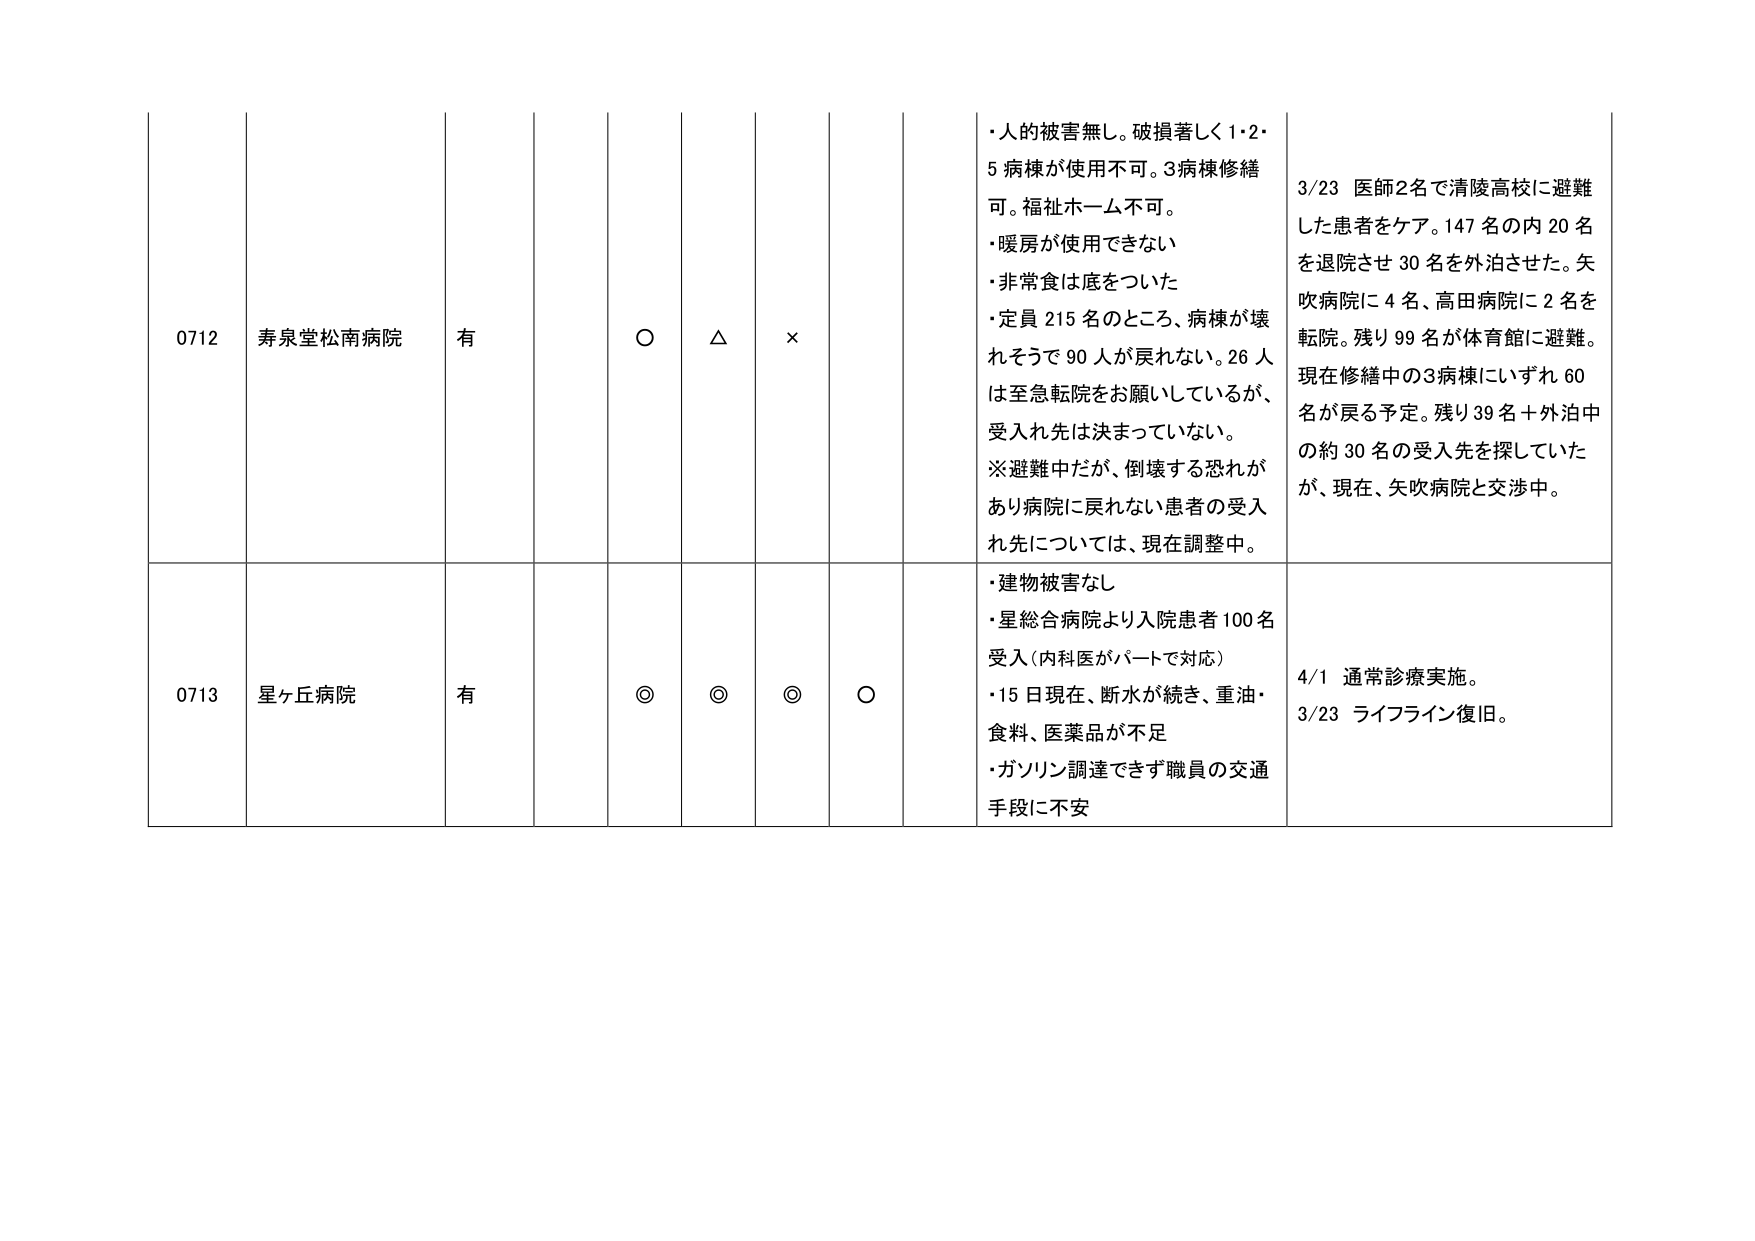
0712 寿泉堂松南病院 有 ○ △ ×
・人的被害無し。破損著しく1・2・5病棟が使用不可。3病棟修繕可。福祉ホーム不可。
・暖房が使用できない
・非常食は底をついた
・定員215名のところ、病棟が壊れそうで90人が戻れない。26人は至急転院をお願いしているが、受入れ先は決まっていない。
※避難中だが、倒壊する恐れがあり病院に戻れない患者の受入れ先については、現在調整中。
3/23 医師2名で清陵高校に避難した患者をケア。147名の内20名を退院させ30名を外泊させた。矢吹病院に4名、高田病院に2名を転院。残り99名が体育館に避難。現在修繕中の3病棟にいずれ60名が戻る予定。残り39名＋外泊中の約30名の受入れ先を探していたが、現在、矢吹病院と交渉中。

0713 星ヶ丘病院 有 ◎ ◎ ◎ ○
・建物被害なし
・星総合病院より入院患者100名受入（内科医がパートで対応）
・15日現在、断水が続き、重油・食料、医薬品が不足
・ガソリン調達できず職員の交通手段に不安
4/1 通常診療実施。
3/23 ライフライン復旧。